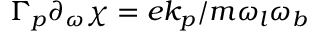
\Gamma _ { p } \partial _ { \omega } \chi = e k _ { p } / m \omega _ { l } \omega _ { b }